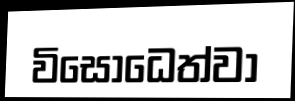
විසොධෙත්වා